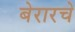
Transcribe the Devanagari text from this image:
बेरारचे